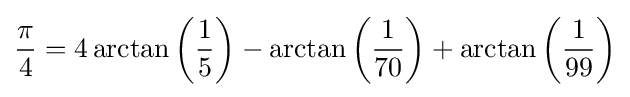
{\pi  \over 4}=4\arctan \left({1 \over 5}\right)-\arctan \left({1 \over 70}\right)+\arctan \left({1 \over 99}\right)